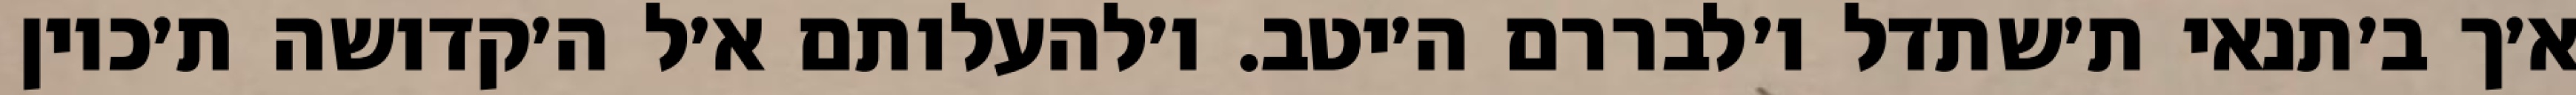
א׳ך ב׳תנאי ת׳שתדל ו׳לבררם ה׳יטב. ו׳להעלותם א׳ל ה׳קדושה ת׳כוין